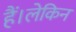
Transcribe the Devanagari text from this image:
हैं।लेकिन